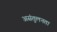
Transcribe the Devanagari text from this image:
असंतुलनता